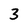
Character: 3